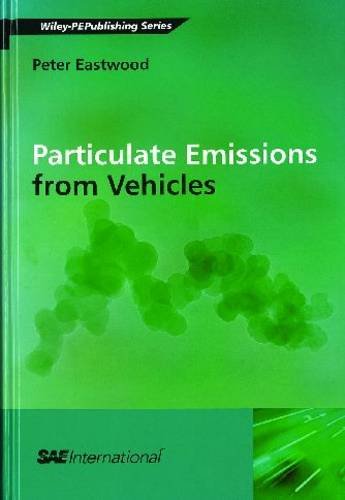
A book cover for Particulate Emissions from Vehicles; Peter Eastwood; Engineering & Transportation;